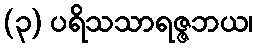
(၃) ပရိသသာရဇ္ဇဘယ၊